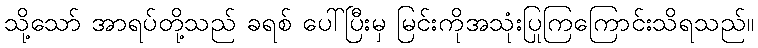
သို့သော် အာရပ်တို့သည် ခရစ် ပေါ်ပြီးမှ မြင်းကိုအသုံးပြုကြကြောင်းသိရသည်။